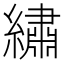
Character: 繡